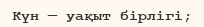
Күн — уақыт бірлігі;